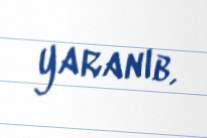
yaranıb.